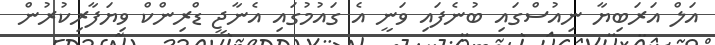
އަލް އަރަބިޔާ ނިއުސްގައި ބުނެފައި ވަނީ އެ ގައުމުގައި އެނާޖީ ޑްރިންކް ވިޔަފާރިކުރުން